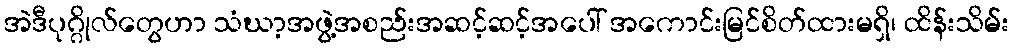
အဲဒီပုဂ္ဂိုလ်တွေဟာ သံဃာ့အဖွဲ့အစည်းအဆင့်ဆင့်အပေါ် အကောင်းမြင်စိတ်ထားမရှိ၊ ထိန်းသိမ်း